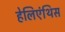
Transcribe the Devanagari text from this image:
हेलिएंथिस